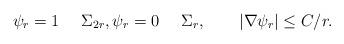
LaTeX: \begin{align*} \psi_{r} = 1 \quad~\Sigma_{2r}, \psi_{r} = 0 \quad~\Sigma_r, \qquad|\nabla\psi_r|\leq C/r. \end{align*}